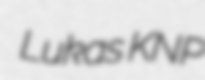
Lukas KNP